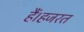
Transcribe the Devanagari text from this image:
हैं।हजरत